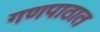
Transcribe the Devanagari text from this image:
गणपाठात